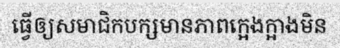
ធ្វើឲ្យសមាជិកបក្សមានភាពក្អេងក្អាងមិន